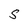
Character: S